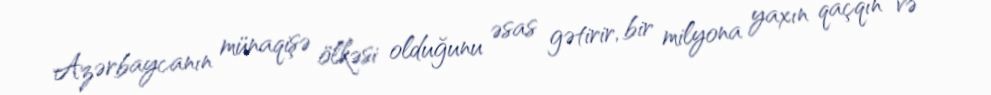
Azərbaycanın münaqişə ölkəsi olduğunu əsas gətirir, bir milyona yaxın qaçqın və